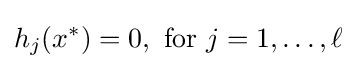
h_{j}(x^{*})=0,{\text{ for }}j=1,\ldots ,\ell \,\!